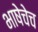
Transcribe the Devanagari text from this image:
भाषेचेच